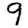
Digit: 9